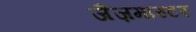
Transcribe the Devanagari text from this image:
जैज़मास्टर